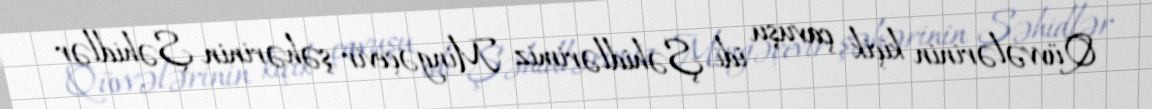
Qüvvələrinin kiçik çavuşu idi. Şəhidlərimiz Mingəçevir şəhərinin Şəhidlər